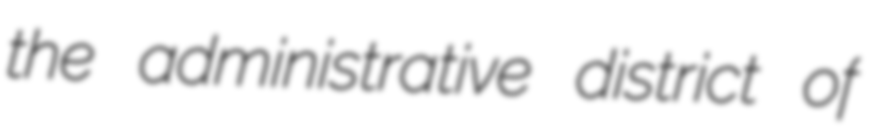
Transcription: the administrative district of